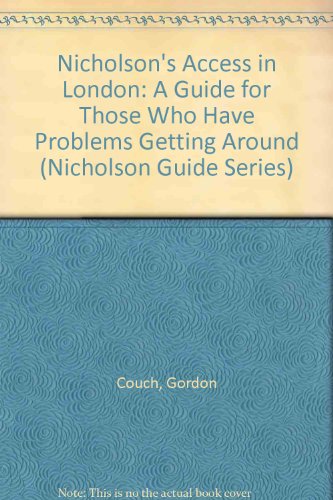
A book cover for Nicholson's Access in London: A Guide for Those Who Have Problems Getting Around (Nicholson Guide Series); Gordon Couch; Travel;